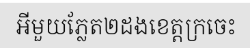
អីមួយភ្លែត២ដងខេត្តក្រចេះ